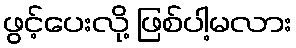
ဖွင့်ပေးလို့ ဖြစ်ပါ့မလား